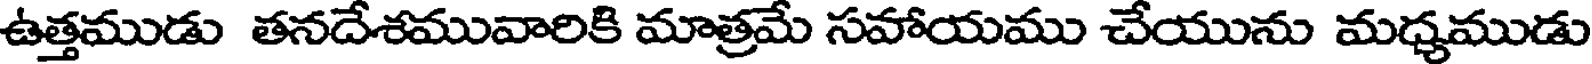
ఉత్తముడు తనదేశమువారికి మాత్రమే సహాయము చేయును మధ్యముడు